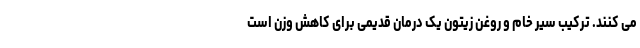
می کنند. ترکیب سیر خام و روغن زیتون یک درمان قدیمی برای کاهش وزن است